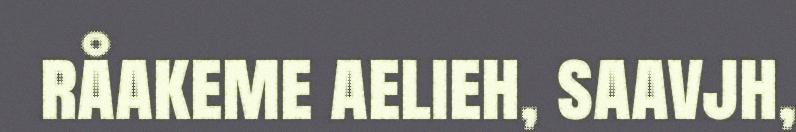
råakeme aelieh, saavjh,